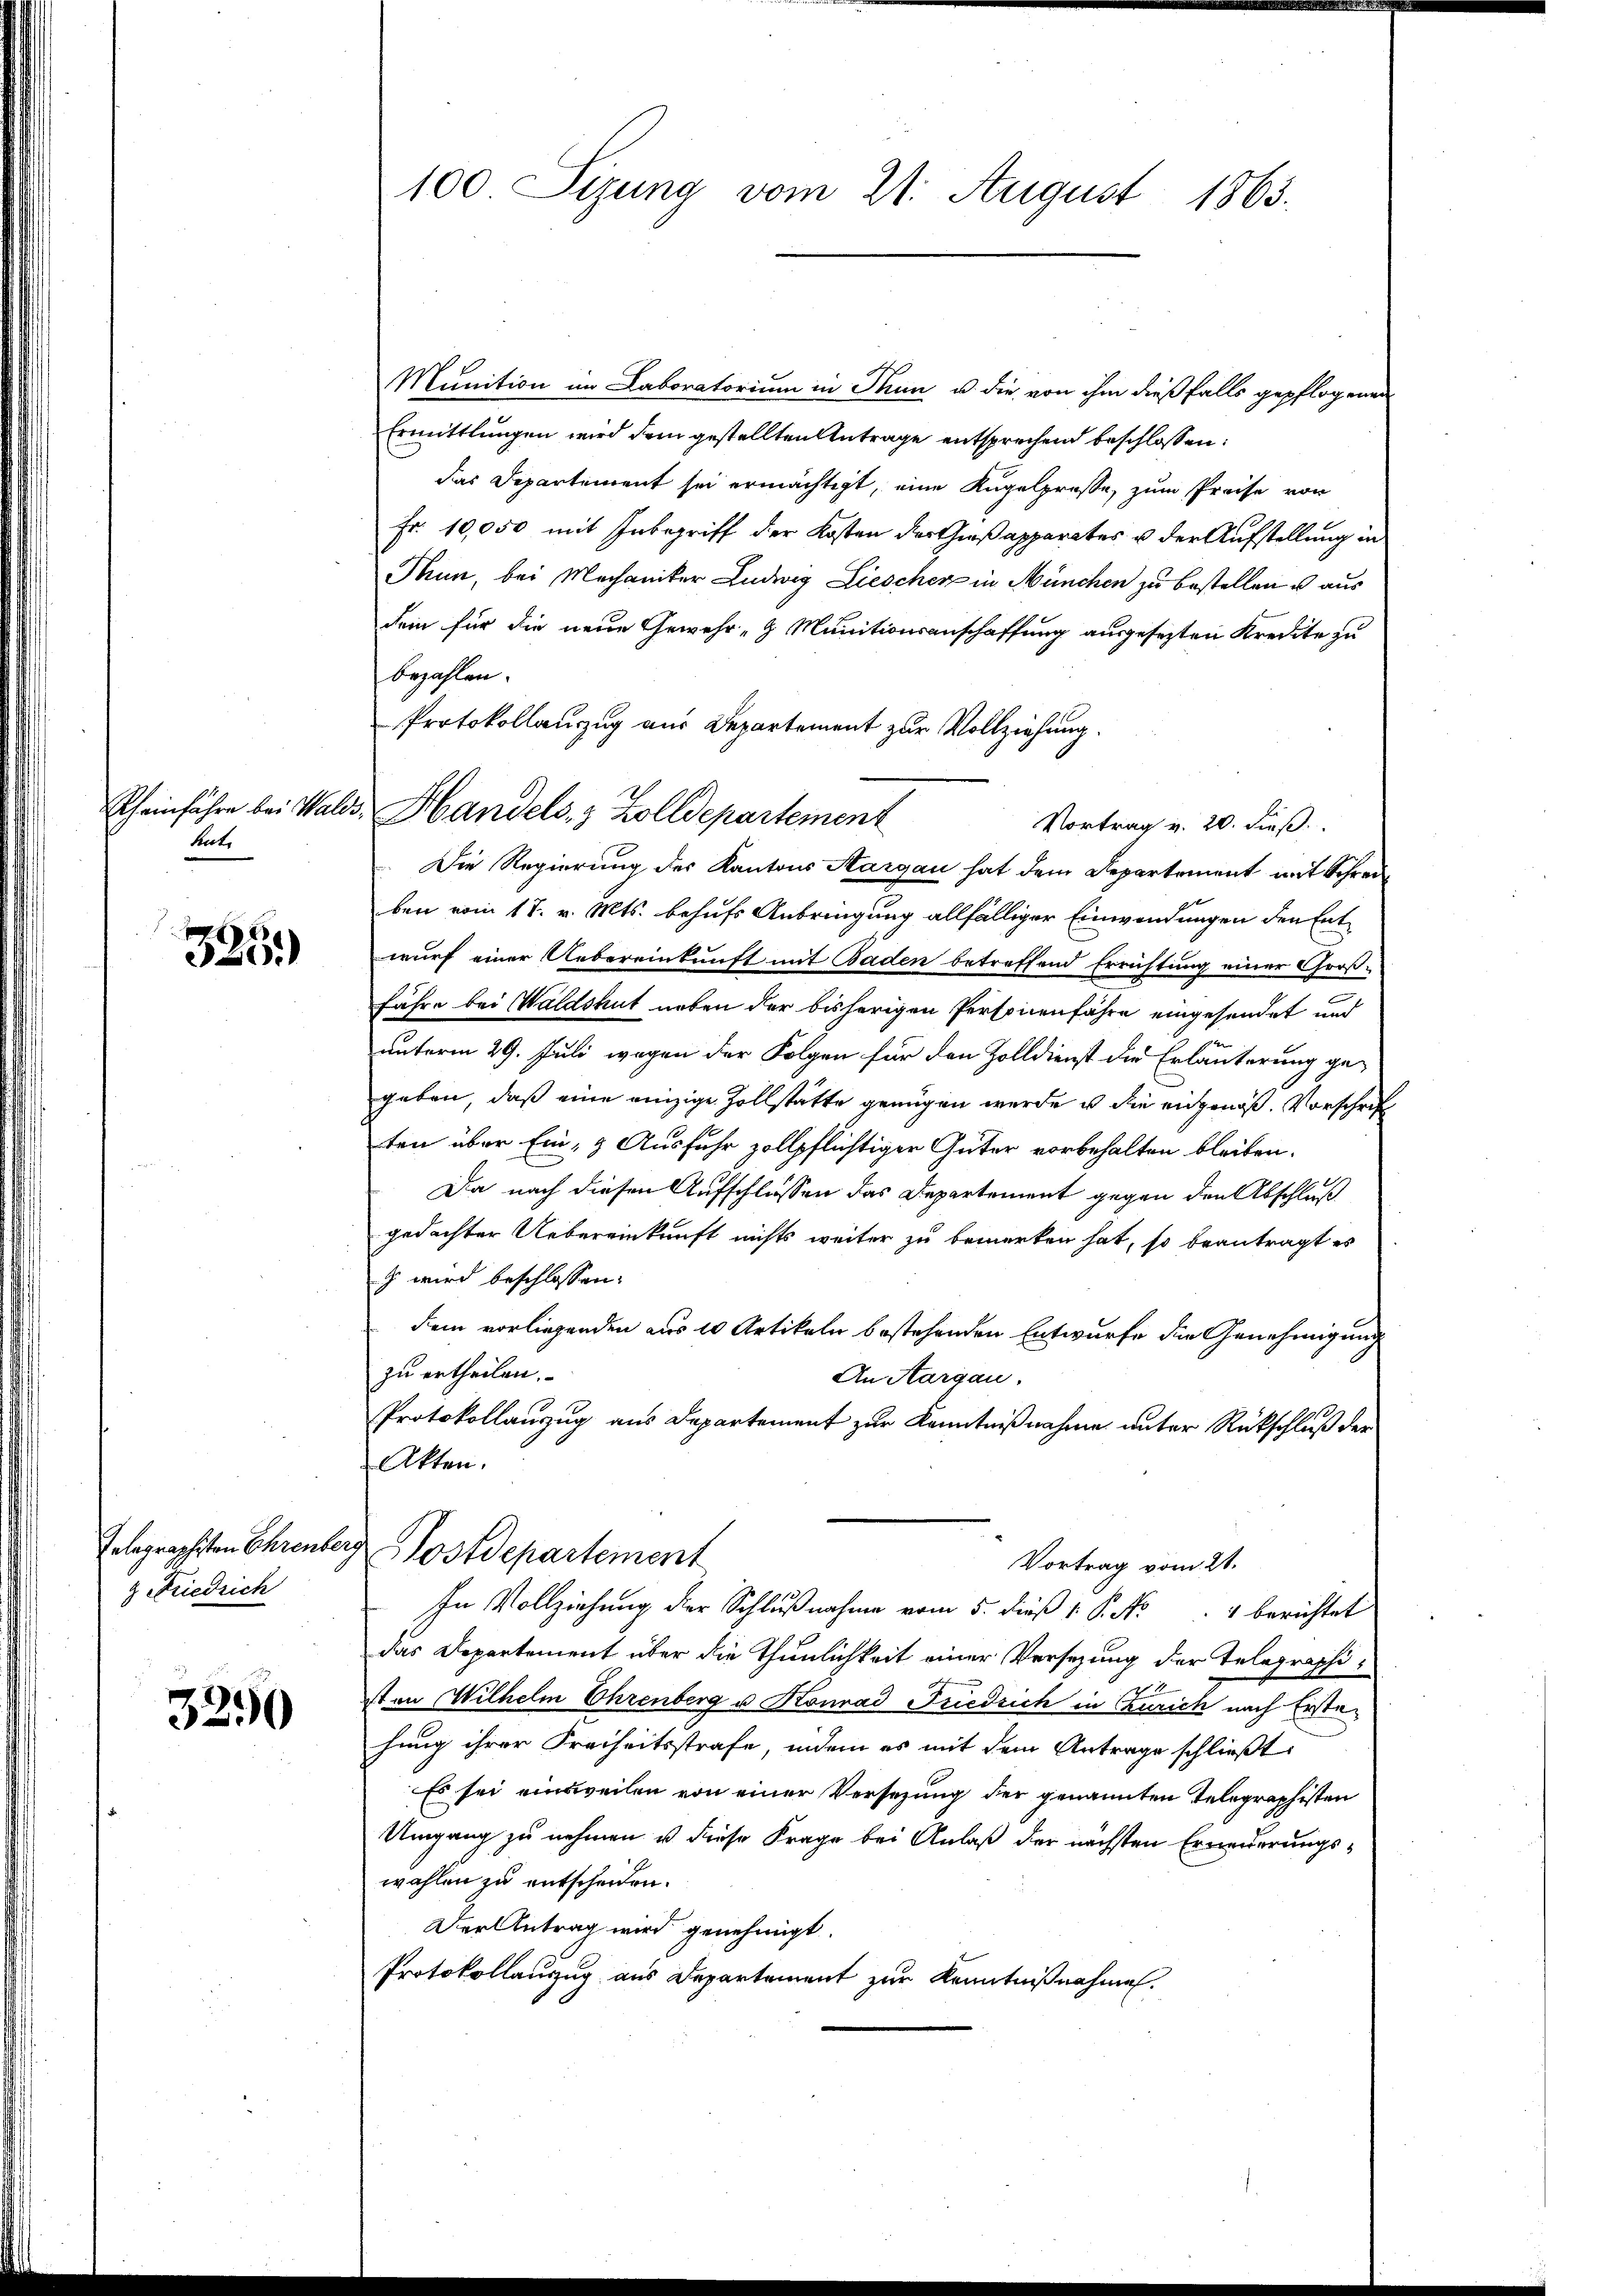
hnt.

335)

Eelagraphsten Ehrenber
z Friedrich

3290

100 Sizung vom 21. August 1863.

Rheinfahre bei Wald, Handels- & Zolldepartement

Munition im Laboratorium in Thun u. die von ihm dießfalls gepflogenen
Ermittlungen wird dem gestellten Antrage entsprechend beschlossen:
das Departement sei ermächtigt, eine Kugelprosse, zum Preise von
Fr. 10,050 mit Inbegriff der Kosten des Gießapparates u der Aufstellung in
Thun, bei Mechaniker Ludwig Liescher in München zu bestellen u. aus
dei für die neue Gewehr- & Munitionsanschaffung ausgesezten Kredite zu
bezahlen.
Protokollauszug aus Departement zur Vollziehung.
Vortrag v. 20. dieß.
Die Regierung des Kantons Aargau hat dem Departement mit Schreiben vom 17. v. Mts. behufs Anbringung allfälliger Einwendungen den Entwurf einer Uebereinkunft mit Baden betreffend Errichtung einer Groß-
fähre bei Waldshut neben der bisherigen Personenfahre eingesendet und
unterm 29. Juli wegen der Folgen für den Zolldienst die Erläuterung gegeben, daß eine einzige Zollstätte genügen werde u die eingenoß. Vorschrift
ten über Ein- & Ausfuhr zollpflichtiger Güter vorbehalten bleiben.
Da nach diesen Aufschlüssen das Departement gegen den Abschluß
gedachter Uebereinkunft nichts weiter zu bemerken hat, so beantragt es
z wird beschlossen:
Dein vorliegenden aus 10 Artikeln bestehenden Entwurfe die Genehmigung
zu ertheilen.
An Aargau.
Protokollanzug aus Departement zur Kenntnißnahme unter Rückschluß der
Akten.
i Postdepartement
Vortrag vom 21.
In Vollziehung der Schlußnahme vom 5. dieß P. Nr. 4 berichtet
das Departement über die Thunlichkeit einer Versezung der Telegraphiston Wilhelm Ehrenberg u Konrad Friedrich in Curich nach Erstehung ihrer Freiheitsstrafe, indem es mit dem Antrage schließt:
Es sei einsweilen von einer Versezung der genannten Telegraphisten
Umgang zu nehmen u diese Frage bei Anlaß der nächsten Ermorderungswahlen zu entscheiden.
Der Antrag wird genehmigt.
Protokollauszug aus Departement zur Kenntnißnahmen.